Vaccination in Bombay 1869-1873 - 1869-1873
Year: 1869
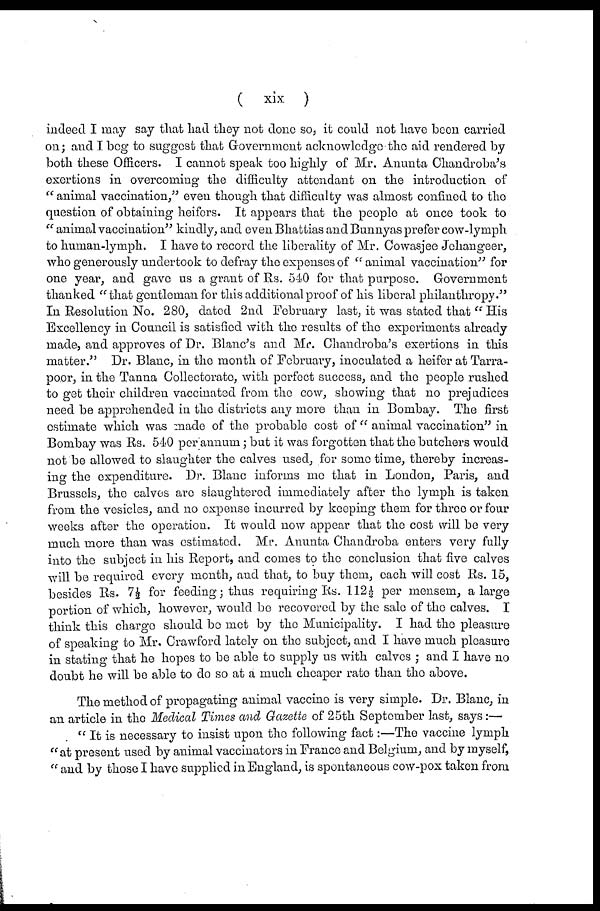
(
xix )
indeed I may say that had they not done so, it could not have been carried
on; and I beg to suggest that Government acknowledge the aid rendered by
both these Officers. I cannot speak too highly of Mr. Anunta Chandroba's
exertions in overcoming the difficulty attendant on the introduction of
" animal vaccination," even though that difficulty was almost confined to the
question of obtaining heifers. It appears that the people at once took to
" animal vaccination" kindly, and even Bhattias and Bunnyas prefer cow-lymph
to human-lymph. I have to record the liberality of Mr. Cowasjee Jehangeer,
who generously undertook to defray the expenses of " animal vaccination" for
one year, and gave us a grant of Rs. 540 for that purpose. Government
thanked "that gentleman for this additional proof of his liberal philanthropy."
In Resolution No. 280, dated 2nd February last, it was stated that " His
Excellency in Council is satisfied with the results of the experiments already
made, and approves of Dr. Blanc's and Mr. Chandroba's exertions in this
matter." Dr. Blanc, in the month of February, inoculated a heifer at Tarra-
poor, in the Tanna Collectorate, with perfect success, and the people rushed
to get their children vaccinated from the cow, showing that no prejudices
need be apprehended in the districts any more than in Bombay. The first
estimate which was made of the probable cost of " animal vaccination" in
Bombay was Rs. 540 per annum ; but it was forgotten that the butchers would
not be allowed to slaughter the calves used, for some time, thereby increas-
ing the expenditure. Dr. Blanc informs me that in London, Paris, and
Brussels, the calves are slaughtered immediately after the lymph is taken
from the vesicles, and no expense incurred by keeping them for three or four
weeks after the operation. It would now appear that the cost will be very
much more than was estimated. Mr. Anunta Chandroba enters very fully
into the subject in his Report, and comes to the conclusion that five calves
will be required every month, and that, to buy them, each will cost Rs. 15,
besides Rs. 7½ for feeding; thus requiring Rs. 112½ per mensem, a large
portion of which, however, would be recovered by the sale of the calves. I
think this charge should be met by the Municipality. I had the pleasure
of speaking to Mr. Crawford lately on the subject, and I have much pleasure
in stating that he hopes to be able to supply us with calves ; and I have no
doubt he will be able to do so at a much cheaper rate than the above.
The method of propagating animal vaccine is very simple. Dr. Blanc, in
an article in the Medical Times and Gazette of 25th September last, says:—
" It is necessary to insist upon the following fact:—The vaccine lymph
"at present used by animal vaccinators in France and Belgium, and by myself,
" and by those I have supplied in England, is spontaneous cow-pox taken from